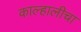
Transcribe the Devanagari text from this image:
काल्हालीचा